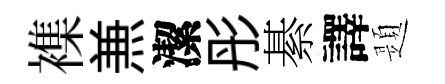
襍𠔥潔彤綦譯題